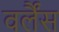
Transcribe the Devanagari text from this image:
वर्लैंस